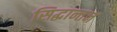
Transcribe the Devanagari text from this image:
सिद्धान्तन